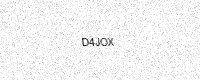
Text: D4JOX